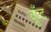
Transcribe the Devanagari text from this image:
कूँट